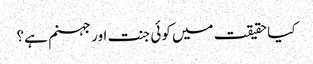
کیا حقیقت میں کوئی جنت اور جہنم ہے؟